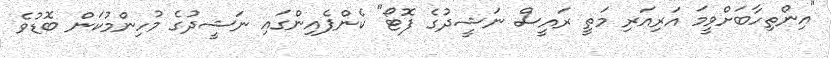
"އިންތިހާބަށްވީމަ އަރިއަރި މަތީ ރައީސް ނަޝީދުގެ ފޮޓޯ" ކެންޕެއިންގައި ނަޝީދުގެ މުހިންމުކަން ބޮޑުވެ